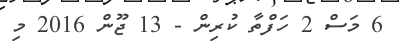
6 މަސް 2 ހަފްތާ ކުރިން - 13 ޖޫން 2016 މި